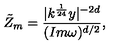
\tilde { Z } _ { m } = \frac { | k ^ { \frac { 1 } { 2 4 } } y | ^ { - 2 d } } { ( I m \omega ) ^ { d / 2 } } ,